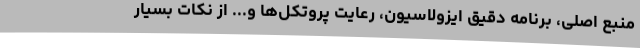
منبع اصلی، برنامه دقیق ایزولاسیون، رعایت پروتکل‌ها و... از نکات بسیار